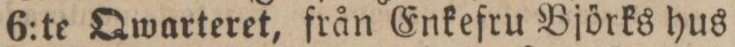
6:te Qwarteret, från Enkefru Björks hus